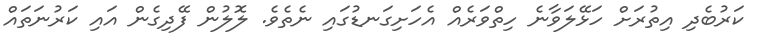
ކަރުބެދި އިތުރަށް ހަޅޭލަވާނެ ހިތްވަރެއް އެހަށިގަނޑުގައި ނެތެވެ. ލޮލުން ފޭދިގެން އައި ކަރުނަތައް